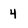
Character: 4